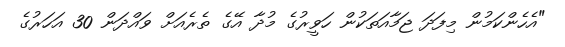
"އެހެންކަމުން މިފަދަ ޖަމާއަތަކުން ހަވީރުގެ މުދާ އޭގެ ތެރެއަށް ވައްދަން 30 އަހަރުގެ